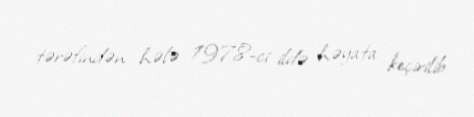
tərəfindən hələ 1978-ci ildə həyata keçirilib.